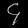
Digit: ၄